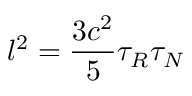
l ^ { 2 } = \frac { 3 c ^ { 2 } } { 5 } \tau _ { R } \tau _ { N }